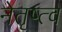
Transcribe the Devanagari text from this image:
नेतृष्त्व